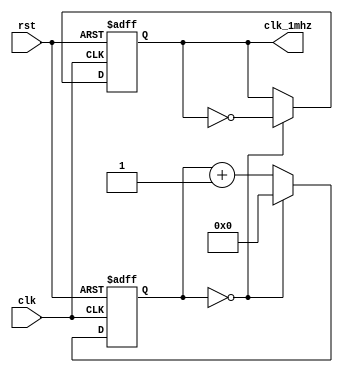
module clock_divider (
    input clk,
    input rst, // Assuming active-high reset
    output reg clk_1mhz
);

// Assuming a 16 MHz input clock, we need to divide by 16 to get 1 MHz.
localparam DIVIDE_BY = 1; // 16 MHz - disable clock divider
//localparam DIVIDE_BY = 8; // 2 MHz
//localparam DIVIDE_BY = 16384;

reg [15:0] counter; // 4-bit counter to count up to 8

always @(posedge clk or posedge rst) begin
  if (rst) begin
    counter <= 0;
    clk_1mhz <= 0;
  end else begin
    if (counter == (DIVIDE_BY - 1)) begin
      // Toggle the output clock and reset the counter
      clk_1mhz <= ~clk_1mhz;
      counter <= 0;
    end else begin
      // Increment the counter
      counter <= counter + 1;
    end
  end
end

endmodule